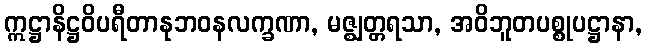
ဣဋ္ဌာနိဋ္ဌဝိပရီတာနုဘဝနလက္ခဏာ, မဇ္ဈတ္တရသာ, အဝိဘူတပစ္စုပဋ္ဌာနာ,